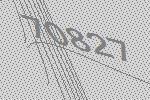
70827